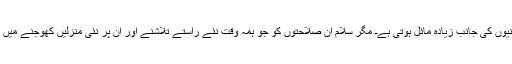
انسانی فطرت آسانیوں کی جانب زیادہ مائل ہوتی ہےـ مگر سلام ان صلاحتوں کو جو ہمہ وقت نئے راستے تلاشنے اور ان پر نئی منزلیں کھوجنے میں مشغول رہتی ہیں۔